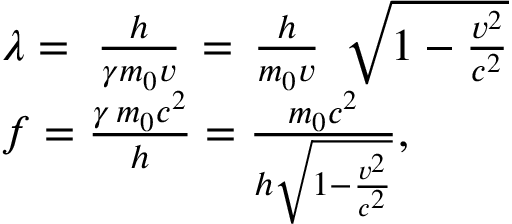
{ \begin{array} { r l } & { \lambda = \, \, { \frac { h } { \gamma m _ { 0 } v } } \, = \, { \frac { h } { m _ { 0 } v } } \, \, \, { \sqrt { 1 - { \frac { v ^ { 2 } } { c ^ { 2 } } } } } } \\ & { f = { \frac { \gamma \, m _ { 0 } c ^ { 2 } } { h } } = { \frac { m _ { 0 } c ^ { 2 } } { h { \sqrt { 1 - { \frac { v ^ { 2 } } { c ^ { 2 } } } } } } } , } \end{array} }